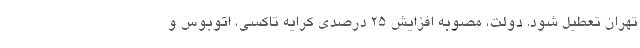
تهران تعطیل شود. دولت، مصوبه افزایش 25 درصدی کرایه تاکسی، اتوبوس و